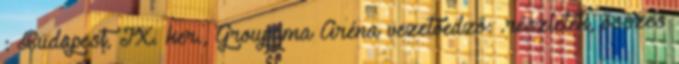
: Budapest, IX. ker., Groupama Aréna vezetőedző: .részletek, összes